Annual administration report of the Civil Veterinary Department of India - 1897-1898
Year: 1897
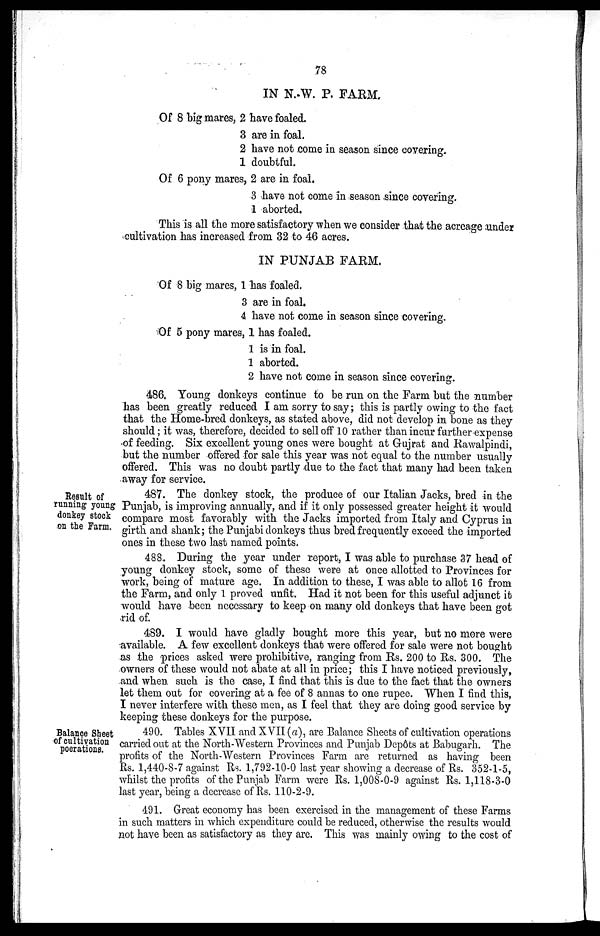
78
IN N. W. P. FARM.
Of 8 big mares, 2 have foaled.
3
2
1
are in foal.
have not come in season since covering.
doubtful.
Of 6 pony mares, 2 are in foal.
3
1
have not come in season since covering.
aborted.
This is all the more satisfactory when we consider that the acreage under
cultivation has increased from 32 to 46 acres.
IN PUNJAB FARM.
Of 8 big mares, 1 has foaled.
3
4
are in foal.
have not come in season since covering.
Of 5 pony mares, 1 has foaled.
1
1
2
is in foal.
aborted.
have not come in season since covering.
486. Young donkeys continue to be run on the Farm but the number
has been greatly reduced I am sorry to say; this is partly owing to the fact
that the Home-bred donkeys, as stated above, did not develop in bone as they
should; it was, therefore, decided to sell off 10 rather than incur further expense
of feeding. Six excellent young ones were bought at Gujrat and Rawalpindi,
but the number offered for sale this year was not equal to the number usually
offered. This was no doubt partly due to the fact that many had been taken
away for service.
Result of
running young
donkey stock
on the Farm.
487. The donkey stock, the produce of our Italian Jacks, bred in the
Punjab, is improving annually, and if it only possessed greater height it would
compare most favorably with the Jacks imported from Italy and Cyprus in
girth and shank; the Punjabi donkeys thus bred frequently exceed the imported
ones in these two last named points.
488. During the year under report, I was able to purchase 37 head of
young donkey stock, some of these were at once allotted to Provinces for
work, being of mature age. In addition to these, I was able to allot 16 from
the Farm, and only 1 proved unfit. Had it not been for this useful adjunct it
would have been necessary to keep on many old donkeys that have been got
rid of.
489. I would have gladly bought more this year, but no more were
available. A few excellent donkeys that were offered for sale were not bought
as the prices asked were prohibitive, ranging from Rs. 200 to Rs. 300. The
owners of these would not abate at all in price; this I have noticed previously,
and when such is the case, I find that this is due to the fact that the owners
let them out for covering at a fee of 8 annas to one rupee. When I find this,
I never interfere with these men, as I feel that they are doing good service by
keeping these donkeys for the purpose.
Balance Sheet
of cultivation
poerations.
490. Tables XVII and XVII (a), are Balance Sheets of cultivation operations
carried out at the North-Western Provinces and Punjab Depôts at Babugarh. The
profits of the North-Western Provinces Farm are returned as having been
Rs. 1,440-8-7 against Rs. 1,792-10-0 last year showing a decrease of Rs. 352-1-5,
whilst the profits of the Punjab Farm were Rs. 1,008-0-9 against Rs. 1,118-3-0
last year, being a decrease of Rs. 110-2-9.
491. Great economy has been exercised in the management of these Farms
in such matters in which expenditure could be reduced, otherwise the results would
not have been as satisfactory as they are. This was mainly owing to the cost of